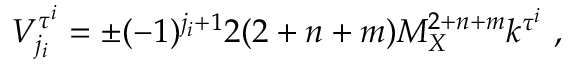
V _ { j _ { i } } ^ { \tau ^ { i } } = \pm ( - 1 ) ^ { j _ { i } + 1 } 2 ( 2 + n + m ) M _ { X } ^ { 2 + n + m } k ^ { \tau ^ { i } } ~ , ~ \,